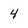
Character: 4